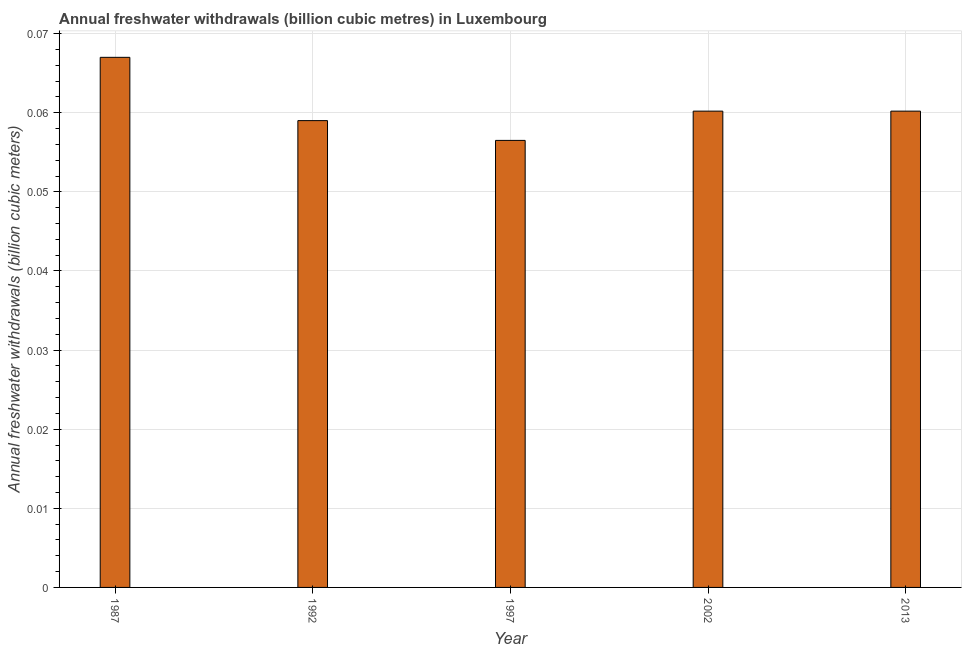
| Year | Annual freshwater withdrawals |
 | --- | --- |
 | 1987 | 0.067 |
 | 1992 | 0.059 |
 | 1997 | 0.0565 |
 | 2002 | 0.0602 |
 | 2013 | 0.0602 |